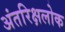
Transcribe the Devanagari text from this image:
अंतरिक्षलोक